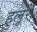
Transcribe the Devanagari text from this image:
हुलूरे